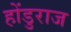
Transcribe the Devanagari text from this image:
होंडुराज